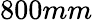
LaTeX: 800mm